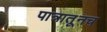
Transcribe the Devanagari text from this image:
पात्रातूनच